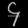
Digit: ၄